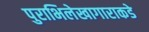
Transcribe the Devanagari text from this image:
पुराभिलेखागाराकडे